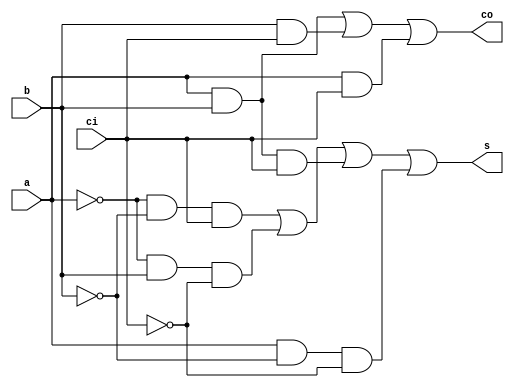
module    fa_dataflow(   s,
                         co,
                         a,
                         b,
                         ci     );
                         
                      
output     s ;
output     co ;

input      a ;
input      b ;
input      ci ;

assign     s  = ~a&~b&ci|~a&b&~ci|a&b&ci|a&~b&~ci ;
assign     co = a&b|b&ci|a&ci ;

endmodule

module fa_behavior(   s,
                      co,
                      a,
                      b,
                      ci );
                      
                              
output     s ;
output     co ;

input      a ;
input      b ;
input      ci ;

reg        s ;
reg        co ;

always @(a,b,ci)begin
      s = (~a&~b&ci)|(~a&b&~ci)|(a&b&ci)|(a&~b&~ci) ;
      co = (a&b)|(b&ci)|(a&ci) ;
end

endmodule 


module fa_case( s,
                co,
                a,
                b,
                ci   );
                
output     s ;
output     co ;

input      a ;
input      b ;
input      ci ;

reg        s ;
reg        co ;

always @(a,b,ci)begin
       case(  {ci, a, b}  )
              3'b000 : {co, s} = 2'b00 ;
              3'b001 : {co, s} = 2'b01 ;
              3'b010 : {co, s} = 2'b01 ;
              3'b011 : {co, s} = 2'b10 ;
              3'b100 : {co, s} = 2'b01 ;
              3'b101 : {co, s} = 2'b10 ;
              3'b110 : {co, s} = 2'b10 ;
              3'b111 : {co, s} = 2'b11 ;
     endcase
end
endmodule 
     


module fa4_inst(  s,
                      co,
                      a,
                      b,
                      ci   );
output  [3:0]    s ;
output           co;

input    [3:0]   a;
input    [3:0]   b;
input            ci;

wire     [2:0]   carry ;

fa_dataflow                fa_u0(  .s    (s[0] ),
                           .co  ( carry[0] ),
                           .a    ( a[0] ),
                           .b    (b[0] ),
                           .ci    ( ci  ));
                           
fa_dataflow                fa_u1(  .s    (s[1] ),
                           .co  ( carry[1] ),
                           .a    (a[1] ),
                           .b    (b[1] ),
                           .ci    (  carry[0] ));
                           
fa_dataflow                  fa_u2(  .s    (s[2] ),
                           .co  ( carry[2] ),
                           .a    ( a[2] ),
                           .b    (b[2] ),
                           .ci    ( carry[1]  ));
                           
fa_dataflow                 fa_u3(  .s    (s[3] ),
                           .co  ( co ),
                           .a    ( a[3] ),
                           .b    (b[3] ),
                           .ci    ( carry[2]  ));
endmodule

module  fa4_mbit(  s,
                    co,
                    a,
                    b,
                    ci );
output  [3:0]    s ;
output           co;

input    [3:0]   a;
input    [3:0]   b;
input            ci;

assign       {co, s} = a + b + ci ;

endmodule